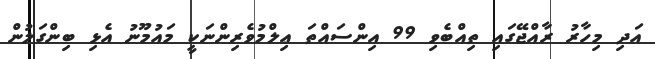
އަދި މިހާރު ރާއްޖޭގައި ތިއްބެވި 99 އިންސައްތަ ޢިލްމުވެރިންނަކީ މައުމޫނު އެޅި ބިންގަލުން